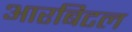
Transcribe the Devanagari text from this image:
आरबिटल